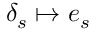
\delta _ { s } \mapsto e _ { s }